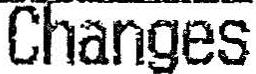
CHANGES